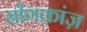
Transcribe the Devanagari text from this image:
सीगक्रांज़